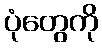
ပုံတွေကို